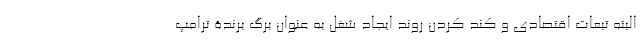
البته تبعات اقتصادی و کند کردن روند ایجاد شغل به عنوان برگ برندۀ ترامپ